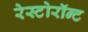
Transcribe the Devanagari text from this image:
रेस्टोरॉन्ट